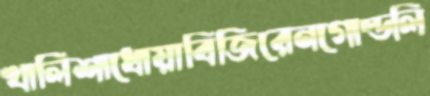
খালিশাধোয়াবিজিরেনগোল্ডলি